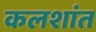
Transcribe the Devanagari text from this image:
कलशांत